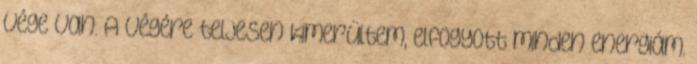
vége van. A végére teljesen kimerültem, elfogyott minden energiám.